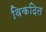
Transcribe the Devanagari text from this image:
विकदित